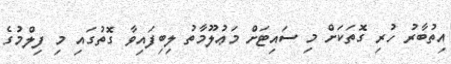
އިތުބާރު ހުރި ގޮތަކަށް މި ސައިޓަށް މަޢުލޫމާތު ލިބިފައިވާ ގޮތުގައި މި ފިލްމުގެ